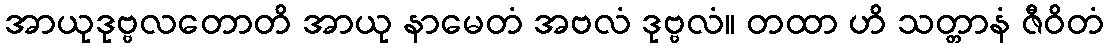
အာယုဒုဗ္ဗလတောတိ အာယု နာမေတံ အဗလံ ဒုဗ္ဗလံ။ တထာ ဟိ သတ္တာနံ ဇီဝိတံ